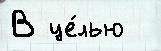
В це́лью